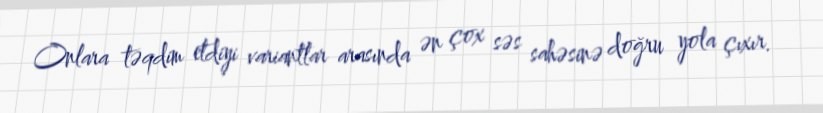
Onlara təqdim etdiyi variantlar arasında ən çox səs sahəsinə doğru yola çıxır.